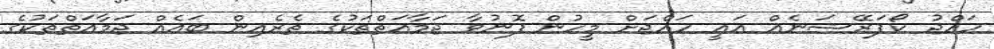
ހައްޖު ކޯޕަރޭޝަނެއް އައީ ހައްޖަށް މީހުން ފޮނުވާ ޖަމާއަތްތަކުގެ ތެރެއިން ބައެއް ޖަމާއަތްތަކުގެ